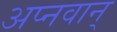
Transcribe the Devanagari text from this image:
अप्नवान्